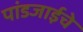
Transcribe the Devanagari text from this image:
पांडजाईचे